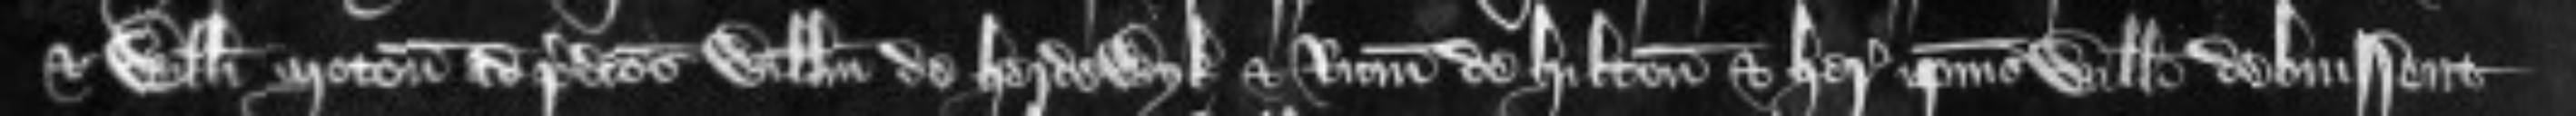
et Willelmi Moton ad predictos Willelmum de Herdewyk et Ricardum de Hilton et heredes ipsius Willelmi debuissent